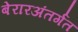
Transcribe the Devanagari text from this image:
बेरारअंतर्गत